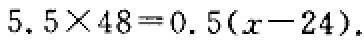
$5.5\times 48 = 0.5(x - 24)$